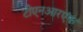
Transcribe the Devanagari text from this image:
टीएनआरएफ